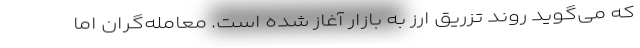
که می‌گوید روند تزریق ارز به بازار آغاز شده است. معامله‌گران اما